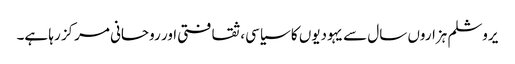
یروشلم ہزاروں سال سے یہودیوں کا سیاسی، ثقافتی اور روحانی مرکز رہا ہے۔